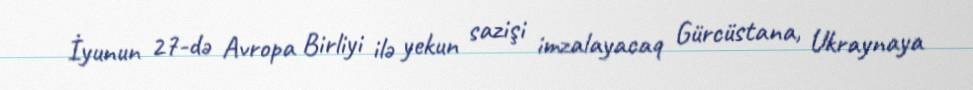
İyunun 27-də Avropa Birliyi ilə yekun sazişi imzalayacaq Gürcüstana, Ukraynaya